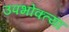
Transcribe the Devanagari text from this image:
उपभोक्त्या